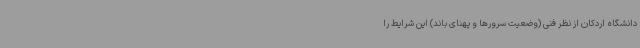
دانشگاه اردکان از نظر فنی (وضعیت سرورها و پهنای باند) این شرایط را